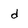
Character: d